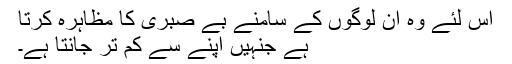
اس لئے وہ اُن لوگوں کے سامنے بے صبری کا مظاہرہ کرتا
ہے جنہیں اپنے سے کم تر جانتا ہے۔